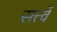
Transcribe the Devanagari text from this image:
सत्त्वें